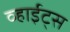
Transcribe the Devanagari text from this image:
व्हाईट्स